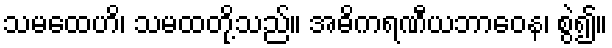
သမထေဟိ၊ သမထတို့သည်။ အဓိကရဏီယဘာဝေန၊ စွဲ၍။